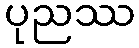
ပုညဿ